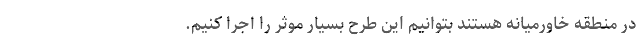
در منطقه خاورمیانه هستند بتوانیم این طرح بسیار موثر را اجرا کنیم.